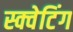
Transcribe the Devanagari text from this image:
स्क्वेटिंग